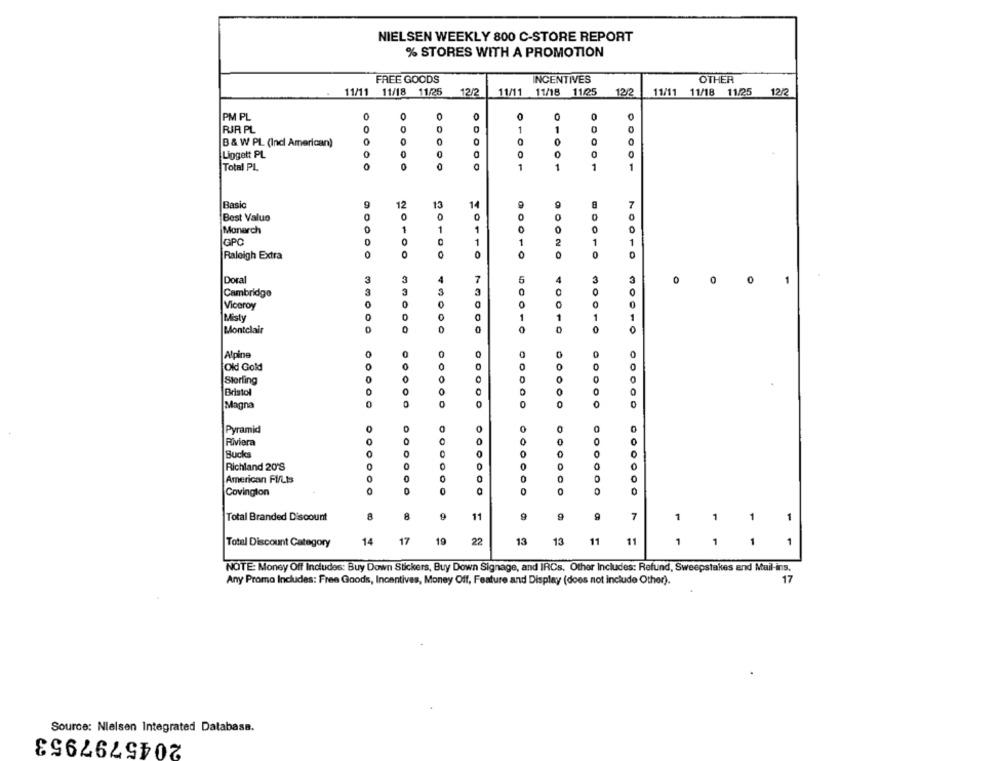
NIELSEN WEEKLY 800 C-STORE REPORT
% STORES WITH A PROMOTION
FREE GOODS
INCENTIVES
OTHER
11/11 11/18 11/25
12/
11/11 11/18
11/25
12/2
11/11 11/18 11/25
12/2
PM PL
0
0
RJR PL
1
1
B & W PL (Incl American)
0
Liggett PL
Total PL
00000
1
0 1001
1
1
Basic
12
13
7
0
0
Best Value
Monarch
0
1
1
0
GPC
0
C
1
1
1
Raleigh Extra
0
0
OOONO
0
0
Dora
3
7
6
0
0
0
1
3
Cambridge
3
0
0
0
Viceroy
Misty
DO
1
0
0
Montclair
@001050010
30010
Alpine
Old Gold
Sterling
0
0
O
Bristol
0
0
0
OODOO
Magna
Pyramid
0
0
Riviera
O
O
0
0
0
Bucks
O
0
0
0
0
0
O
Richland 20'S
0
0
0
American FI/Lts
0
0
0
0
0
Covington
O
O
0
0
0
0
Total Branded Discount
8
11
9
9
7
1
1
1
1
14
17
19
22
13
13
11
11
1
Total Discount Category
1
1
1
NOTE: Money Off Includes: Buy Down Stickers, Buy Down Signage, and IRCs. Other Includes: Refund, Sweepstakes and Mail-ins.
Any Promo Includes: Free Goods, Incentives, Money Off, Feature and Display (does not include Other).
17
Source: Nielsen Integrated Database.
2045797953